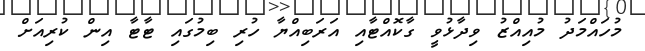
މުހައްމަދު މުއިއްޒު ވިދާޅުވީ ގާކޮއްޓާއި އަރަބިއްޔާ ހުރި ބިމުގައި ޓާޓާ އިން ކުރިއަށް